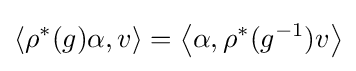
\left\langle \rho ^{*}(g)\alpha ,v\right\rangle =\left\langle \alpha ,\rho ^{*}(g^{-1})v\right\rangle